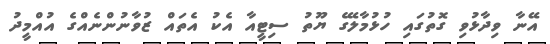
އޭނާ ވިދާޅުވި ގޮތުގައި ހުޅުމާލޭގެ ޔޫތު ސިޓީއާ އެކު އެތައް ޒުވާނުންނެއްގެ އުއްމީދު